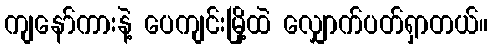
ကျနော်ကားနဲ့ ပေကျင်းမြို့ထဲ လျှောက်ပတ်ရှာတယ်။